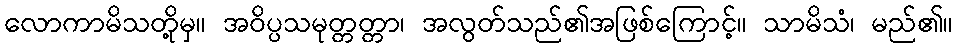
လောကာမိသတို့မှ။ အဝိပ္ပသမုတ္တတ္တာ၊ အလွတ်သည်၏အဖြစ်ကြောင့်။ သာမိသံ၊ မည်၏။